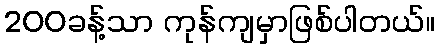
200ခန့်သာ ကုန်ကျမှာဖြစ်ပါတယ်။